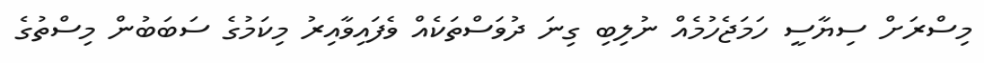
މިސްރަށް ސިޔާސީ ހަމަޖެހުމެއް ނުލިބި ގިނަ ދުވަސްތަކެއް ވެފައިވާއިރު މިކަމުގެ ސަބަބުން މިސްތުގެ